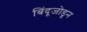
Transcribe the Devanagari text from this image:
बिंदूजोडून